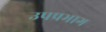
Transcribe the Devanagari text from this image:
उपप्रभाग